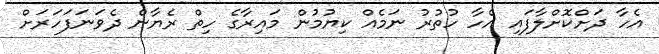
އެހާ ދަށްކޮށްލާފައި އެހާ ހުތުރު ނަމެއް ކިޔުމުން މައިރާގެ ހިތް ރެޔާން ދެވަނަފަހަރަށް